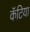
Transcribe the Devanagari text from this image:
कॅटिया